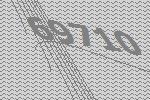
69710